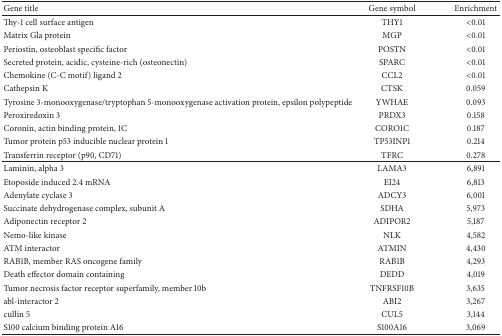
<table><thead><tr><td><b>Gene title</b></td><td><b>Gene symbol</b></td><td><b>Enrichment</b></td></tr></thead><tbody><tr><td>Thy-1 cell surface antigen</td><td>THY1</td><td>&lt;0.01</td></tr><tr><td>Matrix Gla protein</td><td>MGP</td><td>&lt;0.01</td></tr><tr><td>Periostin, osteoblast specific factor</td><td>POSTN</td><td>&lt;0.01</td></tr><tr><td>Secreted protein, acidic, cysteine-rich (osteonectin)</td><td>SPARC</td><td>&lt;0.01</td></tr><tr><td>Chemokine (C-C motif) ligand 2</td><td>CCL2</td><td>&lt;0.01</td></tr><tr><td>Cathepsin K</td><td>CTSK</td><td>0.059</td></tr><tr><td>Tyrosine 3-monooxygenase/tryptophan 5-monooxygenase activation protein, epsilon polypeptide</td><td>YWHAE</td><td>0.093</td></tr><tr><td>Peroxiredoxin 3</td><td>PRDX3</td><td>0.158</td></tr><tr><td>Coronin, actin binding protein, 1C</td><td>CORO1C</td><td>0.187</td></tr><tr><td>Tumor protein p53 inducible nuclear protein 1</td><td>TP53INP1</td><td>0.214</td></tr><tr><td>Transferrin receptor (p90, CD71)</td><td>TFRC</td><td>0.278</td></tr><tr><td>Laminin, alpha 3</td><td>LAMA3</td><td>6,891</td></tr><tr><td>Etoposide induced 2.4 mRNA</td><td>EI24</td><td>6,813</td></tr><tr><td>Adenylate cyclase 3</td><td>ADCY3</td><td>6,001</td></tr><tr><td>Succinate dehydrogenase complex, subunit A</td><td>SDHA</td><td>5,973</td></tr><tr><td>Adiponectin receptor 2</td><td>ADIPOR2</td><td>5,187</td></tr><tr><td>Nemo-like kinase</td><td>NLK</td><td>4,582</td></tr><tr><td>ATM interactor</td><td>ATMIN</td><td>4,430</td></tr><tr><td>RAB1B, member RAS oncogene family</td><td>RAB1B</td><td>4,293</td></tr><tr><td>Death effector domain containing</td><td>DEDD</td><td>4,019</td></tr><tr><td>Tumor necrosis factor receptor superfamily, member 10b</td><td>TNFRSF10B</td><td>3,635</td></tr><tr><td>abl-interactor 2</td><td>ABI2</td><td>3,267</td></tr><tr><td>cullin 5</td><td>CUL5</td><td>3,144</td></tr><tr><td>S100 calcium binding protein A16</td><td>S100A16</td><td>3,069</td></tr></tbody></table>